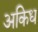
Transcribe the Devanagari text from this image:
अकिध